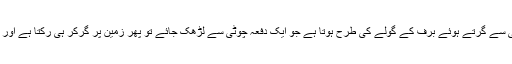
وجہ اس کی یہ ہے کہ معاشی عدم استحکام کا اثر ایک پہاڑ کی چوٹی سے گرتے ہوئے برف کے گولے کی طرح ہوتا ہے جو ایک دفعہ چوٹی سے لڑھک جائے تو پھر زمین پر گرکر ہی رکتا ہے اور اس دوران اپنے رستے میں آنے والی ہر چیز کو روندتا چلا جاتا ہے۔